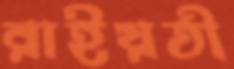
রাইয়তী